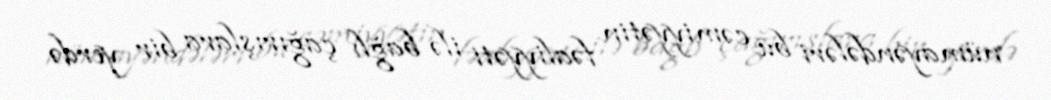
nümayəndələri bu cəmiyyətin fəaliyyəti ilə bağlı çağırışlara bir yerdə